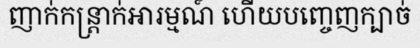
ញាក់កន្ត្រាក់អារម្មណ៍ ហើយបញ្ចេញក្បាច់